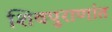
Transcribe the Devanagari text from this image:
शिवपुराणांत